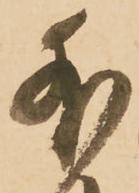
外